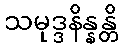
သမုဒ္ဒနိန္နန္တိ